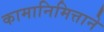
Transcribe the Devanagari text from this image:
कामानिमित्ताने